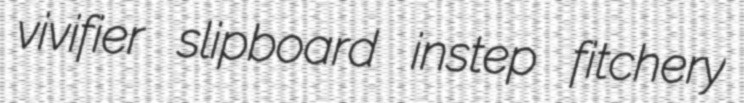
vivifier slipboard instep fitchery